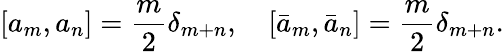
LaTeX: \left[a_{m},a_{n}\right]={\frac{m}{2}}\delta_{m+n},\quad\left[\bar{a}_{m},\bar{a}_{n}\right]={\frac{m}{2}}\delta_{m+n}.